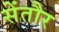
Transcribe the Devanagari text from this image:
सेंतौर